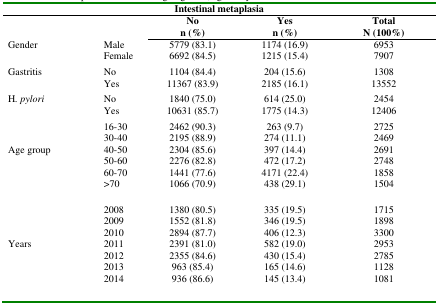
<table><thead><tr><td colspan="5"><b>Intestinal metaplasia</b></td></tr><tr><td colspan="2"></td><td><b>Non (%)</b></td><td><b>Yesn (%)</b></td><td><b>TotalN (100%)</b></td></tr></thead><tbody><tr><td>Gender</td><td>MaleFemale</td><td>5779 (83.1)6692 (84.5)</td><td>1174 (16.9)1215 (15.4)</td><td>69537907</td></tr><tr><td>Gastritis</td><td>NoYes</td><td>1104 (84.4)11367 (83.9)</td><td>204 (15.6)2185 (16.1)</td><td>130813552</td></tr><tr><td>H<i>. pylori</i></td><td>NoYes</td><td>1840 (75.0)10631 (85.7)</td><td>614 (25.0)1775 (14.3)</td><td>245412406</td></tr><tr><td>Age group</td><td>16-3030-4040-5050-6060-70&gt;70</td><td>2462 (90.3)2195 (88.9)2304 (85.6)2276 (82.8)1441 (77.6)1066 (70.9)</td><td>263 (9.7)274 (11.1)397 (14.4)472 (17.2)4171 (22.4)438 (29.1)</td><td>272524692691274818581504</td></tr><tr><td>Years</td><td>2008200920102011201220132014</td><td>1380 (80.5)1552 (81.8)2894 (87.7)2391 (81.0)2355 (84.6)963 (85.4)936 (86.6)</td><td>335 (19.5)346 (19.5)406 (12.3)582 (19.0)430 (15.4)165 (14.6)145 (13.4)</td><td>1715189833002953278511281081</td></tr></tbody></table>